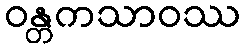
ဝန္တကသာဝဿ